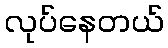
လုပ်နေတယ်